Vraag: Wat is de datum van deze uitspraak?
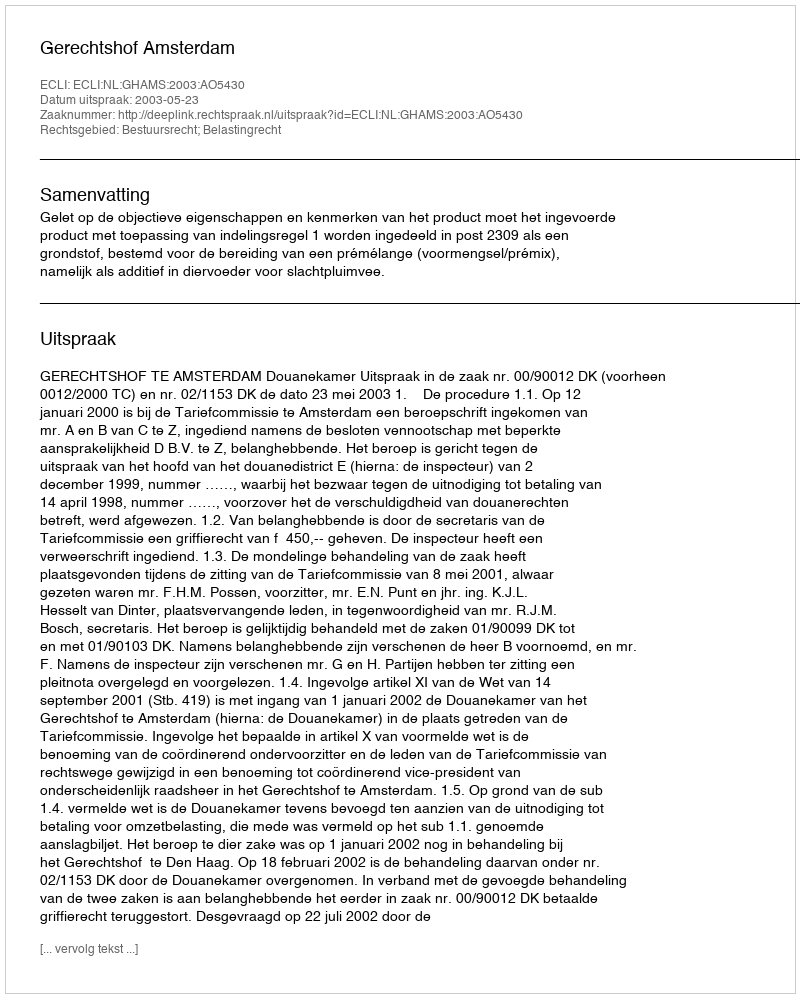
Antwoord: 2003-05-23